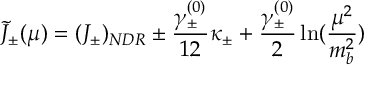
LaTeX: \tilde { J } _ { \pm } ( \mu ) = ( J _ { \pm } ) _ { N D R } \pm \frac { \gamma _ { \pm } ^ { ( 0 ) } } { 1 2 } \kappa _ { \pm } + \frac { \gamma _ { \pm } ^ { ( 0 ) } } { 2 } \ln ( \frac { \mu ^ { 2 } } { m _ { b } ^ { 2 } } )